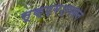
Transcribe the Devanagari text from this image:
सूक्ष्मश्वसन